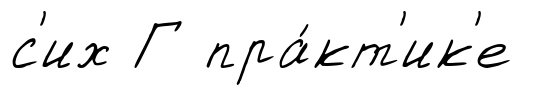
с'их Г пра́кт'ик'е